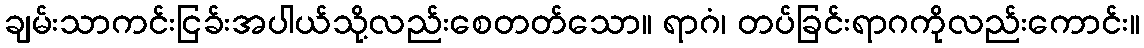
ချမ်းသာကင်းငြခ်းအပါယ်သို့လည်းစေတတ်သော။ ရာဂံ၊ တပ်ခြင်းရာဂကိုလည်းကောင်း။